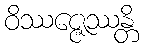
ဝိဿဇ္ဇေဿန္တိ